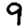
Digit: 9